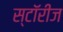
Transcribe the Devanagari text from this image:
स्टॉरीज